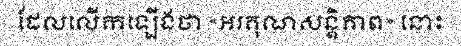
ដែលលើកឡើងថា «អរគុណសន្តិភាព» នោះ